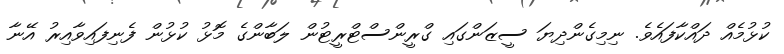
ކުޅުމެއް ދައްކާފައެވެ. ނިމިގެންދިޔަ ސީޒަންގައި ގްރީންސްޓްރީޓުން ލަބާންގެ މޮޅު ކުޅުން ފެނިފައިވާއިރު އޭނާ